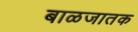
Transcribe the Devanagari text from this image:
बाळजातक